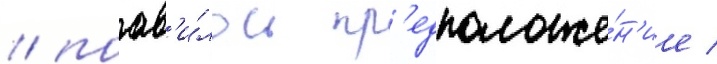
/ поав'и́лось пр'едположе́н'ие /